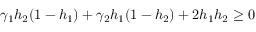
\gamma _ { 1 } h _ { 2 } ( 1 - h _ { 1 } ) + \gamma _ { 2 } h _ { 1 } ( 1 - h _ { 2 } ) + 2 h _ { 1 } h _ { 2 } \geq 0